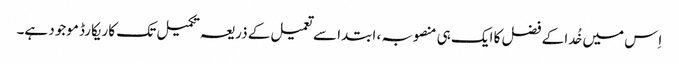
اِس میں خُدا کے فضل کا ایک ہی منصوبہ ، ابتدا سے تعمیل کے ذریعہ تکمیل تک کا ریکارڈ موجود ہے۔